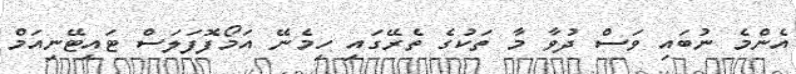
އެންމެ ނުބައި ވަސް ދުވާ މާ ތަކުގެ ތެރޭގައި ހިމެނޭ އަމޯފޮފަލަސް ޓައިޓޭނިއަމް